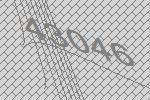
43046